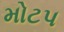
મોટપ